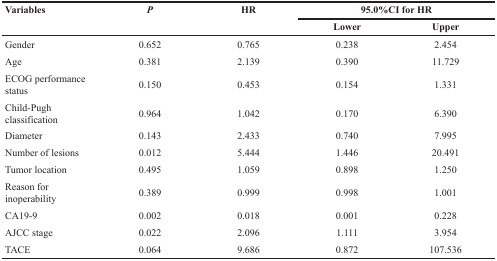
<table><thead><tr><td><b>Variables</b></td><td><b><i>P</i></b></td><td><b>HR</b></td><td colspan="2"><b>95.0%CI for HR</b></td></tr><tr><td></td><td></td><td></td><td><b>Lower</b></td><td><b>Upper</b></td></tr></thead><tbody><tr><td>Gender</td><td>0.652</td><td>0.765</td><td>0.238</td><td>2.454</td></tr><tr><td>Age</td><td>0.381</td><td>2.139</td><td>0.390</td><td>11.729</td></tr><tr><td>ECOG performance status</td><td>0.150</td><td>0.453</td><td>0.154</td><td>1.331</td></tr><tr><td>Child-Pugh classification</td><td>0.964</td><td>1.042</td><td>0.170</td><td>6.390</td></tr><tr><td>Diameter</td><td>0.143</td><td>2.433</td><td>0.740</td><td>7.995</td></tr><tr><td>Number of lesions</td><td>0.012</td><td>5.444</td><td>1.446</td><td>20.491</td></tr><tr><td>Tumor location</td><td>0.495</td><td>1.059</td><td>0.898</td><td>1.250</td></tr><tr><td>Reason for inoperability</td><td>0.389</td><td>0.999</td><td>0.998</td><td>1.001</td></tr><tr><td>CA19-9</td><td>0.002</td><td>0.018</td><td>0.001</td><td>0.228</td></tr><tr><td>AJCC stage</td><td>0.022</td><td>2.096</td><td>1.111</td><td>3.954</td></tr><tr><td>TACE</td><td>0.064</td><td>9.686</td><td>0.872</td><td>107.536</td></tr></tbody></table>